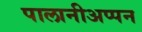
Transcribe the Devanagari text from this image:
पालानीअप्पन